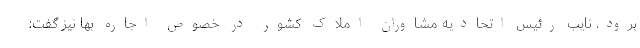
برود. نایب رئیس اتحادیه مشاوران املاک کشور در خصوص اجاره بها نیز گفت: